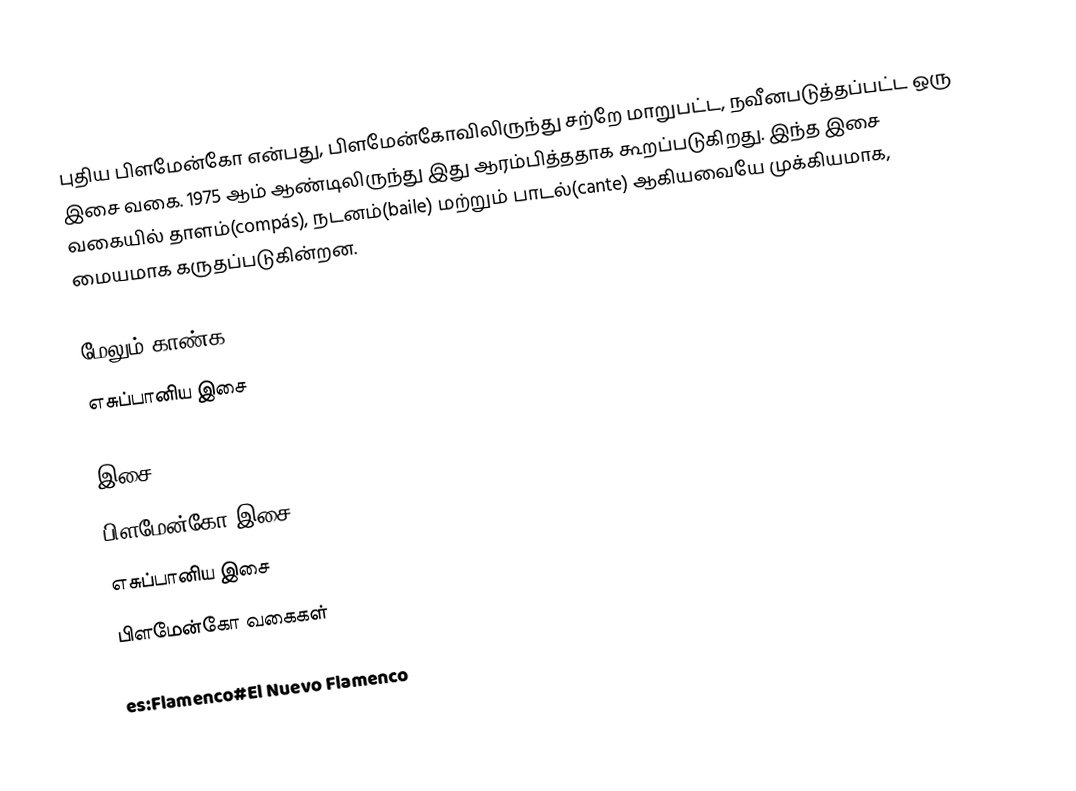
புதிய பிளமேன்கோ என்பது, பிளமேன்கோவிலிருந்து சற்றே மாறுபட்ட, நவீனபடுத்தப்பட்ட ஒரு இசை வகை. 1975 ஆம் ஆண்டிலிருந்து இது ஆரம்பித்ததாக கூறப்படுகிறது. இந்த இசை வகையில் தாளம்(compás), நடனம்(baile) மற்றும் பாடல்(cante) ஆகியவையே முக்கியமாக, மையமாக கருதப்படுகின்றன.

மேலும் காண்க
 எசுப்பானிய இசை

இசை
பிளமேன்கோ இசை
எசுப்பானிய இசை
பிளமேன்கோ வகைகள்

es:Flamenco#El Nuevo Flamenco